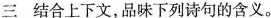
三 结合上下文，品味下列诗句的含义。